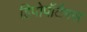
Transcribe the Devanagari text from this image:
हिपोपॉटैमस